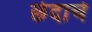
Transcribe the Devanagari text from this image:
छेदाचे